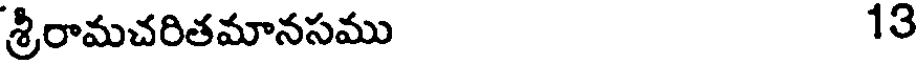
శ్రీరామచరితమానసము 13